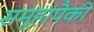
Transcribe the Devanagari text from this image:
समूहांपैकी